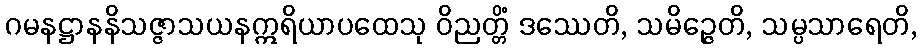
ဂမနဋ္ဌာနနိသဇ္ဇာသယနဣရိယာပထေသု ဝိညတ္တိံ ဒဿေတိ, သမိဉ္ဇေတိ, သမ္ပသာရေတိ,